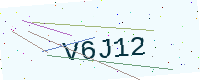
Text: V6J12